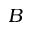
B